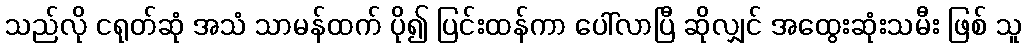
သည်လို ငရုတ်ဆုံ အသံ သာမန်ထက် ပို၍ ပြင်းထန်ကာ ပေါ်လာပြီ ဆိုလျှင် အထွေးဆုံးသမီး ဖြစ် သူ